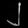
Digit: ၂